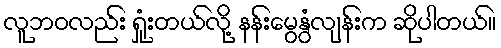
လူဘဝလည်း ရှုံးတယ်လို့ နန်းမွေနွံလျန်းက ဆိုပါတယ်။